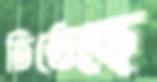
তিষ্ঠেছে